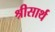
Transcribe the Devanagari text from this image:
श्रीसार्थ